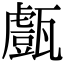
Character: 𤮙